Report of the Municipal Commissioner on the plague in Bombay for the year ending 31st May... - Volume 2
Disease focus: Plague
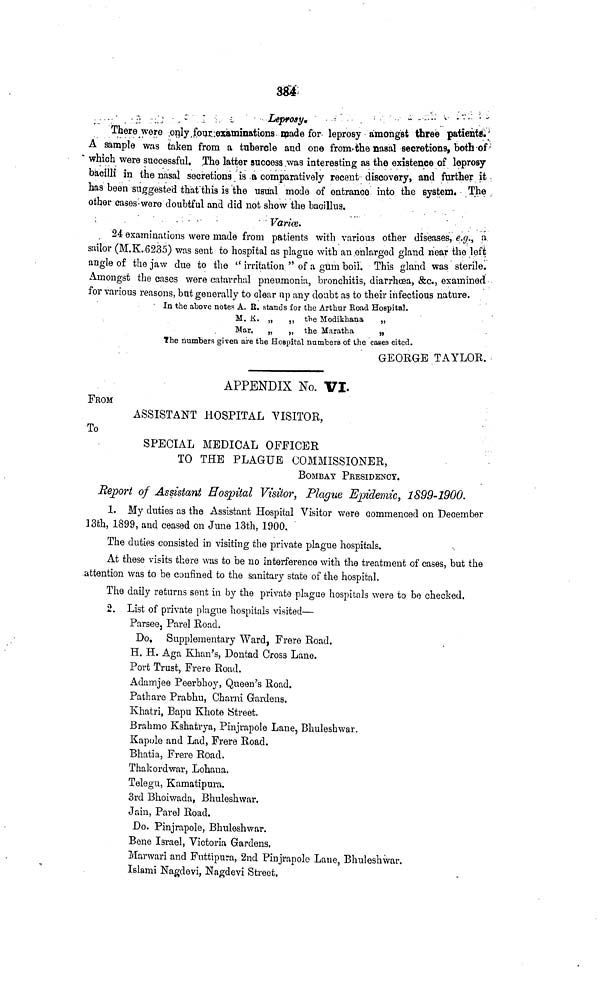
384
Leprosy.
There were only four examinations made for leprosy amongst three patients.
A sample was taken from a tubercle and one from the nasal secretions, both of
which were successful. The latter success was interesting as the existence of leprosy
bacilli in the nasal secretions is a comparatively recent discovery, and further it
has been suggested that this is the usual mode of entrance into the system. The
other cases-were doubtful and did not show the bacillus.
Varice.
24 examinations were made from patients with various other diseases, e.g., a
sailor (M.K.6235) was sent to hospital as plague with an enlarged gland near the left
angle of the jaw due to the " irritation " of a gum boil. This gland was sterile.
Amongst the cases were catarrhal pneumonia, bronchitis, diarrhoea, &c., examined
for various reasons, but generally to clear up any doubt as to their infectious nature.
In the above notes A. E. stands for the Arthur Road Hospital.
M. K. „
,, the Modikhana
„
Mar,
„
„ the Maratha
„
The numbers given are the Hospital numbers of the cases cited.
GEORGE TAYLOR.
APPENDIX No. VI.
FROM
ASSISTANT HOSPITAL VISITOR,
To
SPECIAL MEDICAL OFFICER
TO THE PLAGUE COMMISSIONER,
BOMBAY PRESIDENCY.
Report of Assistant Hospital Visitor, Plague Epidemic, 1899-1900.
1. My duties as the Assistant Hospital Visitor were commenced on December
13th, 1899, and ceased on June 13th, 1900.
The duties consisted in visiting the private plague hospitals.
At these visits there was to be no interference with the treatment of cases, but the
attention was to be confined to the sanitary state of the hospital.
The daily returns sent in by the private plague hospitals were to bo checked.
2. List of private plague hospitals visited—
Parsee, Parel Road.
Do, Supplementary Ward, Frere Road.
H. H. Aga Khan's, Dontad Cross Lane.
Port Trust, Frere Road.
Adamjee Peerbhoy, Queen's Road.
Pathare Prabhu, Charni Gardens.
Khatri, Bapu Khote Street.
Brahmo Kshatrya, Pinjrapole Lane, Bhuleshwar.
Kapole and Lad, Frere Road.
Bhatia, Frere Road.
Thakordwar, Lohana.
Telegu, Kamatipura.
3rd Bhoiwada, Bhuleshwar.
Jain, Pare] Road.
Do. Pinjrapole, Bhuleshwar.
Bene Israel, Victoria Gardens.
Marwari and Futtipura, 2nd Pinjrapole Lane, Bhuleshwar.
Islami Nagdevi, Nagdevi Street.